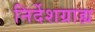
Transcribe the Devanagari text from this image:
निर्देशग्राह्य